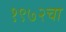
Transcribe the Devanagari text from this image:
१९७२चा